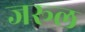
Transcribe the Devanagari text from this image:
जरूल